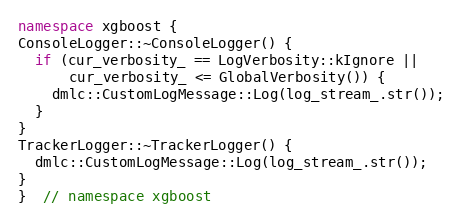
Language: C++
namespace xgboost {
ConsoleLogger::~ConsoleLogger() {
  if (cur_verbosity_ == LogVerbosity::kIgnore ||
      cur_verbosity_ <= GlobalVerbosity()) {
    dmlc::CustomLogMessage::Log(log_stream_.str());
  }
}
TrackerLogger::~TrackerLogger() {
  dmlc::CustomLogMessage::Log(log_stream_.str());
}
}  // namespace xgboost